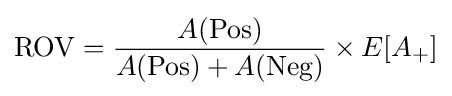
\mathrm {ROV} ={\frac {A(\mathrm {Pos} )}{A(\mathrm {Pos} )+A(\mathrm {Neg} )}}\times E[A_{+}]